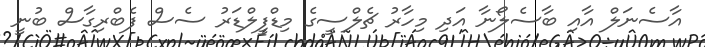
އާސެނަލް އާއި ބާސެލޯނާ އަދި މިހާރު ޗެލްސީގެ މިޑްފީލްޑަރު ސެސް ފެބްރިގާސް ބުނީ